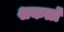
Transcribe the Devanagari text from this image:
शकतॉ